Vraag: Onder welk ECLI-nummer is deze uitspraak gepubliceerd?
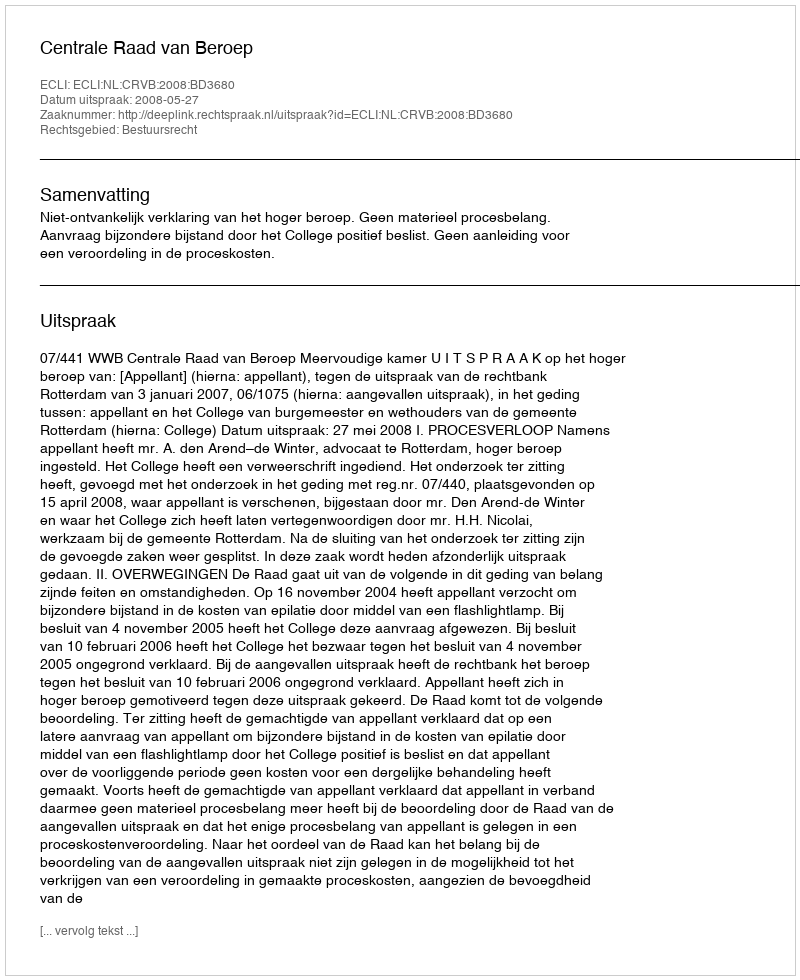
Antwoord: ECLI:NL:CRVB:2008:BD3680